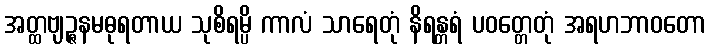
အတ္ထဗျဉ္ဇနမဓုရတာယ သုစိရမ္ပိ ကာလံ သာရေတုံ နိရန္တရံ ပဝတ္တေတုံ အရဟဘာဝတော